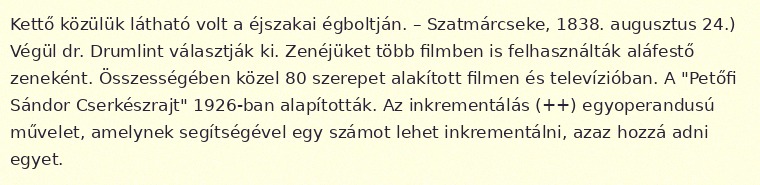
Kettő közülük látható volt a éjszakai égboltján. – Szatmárcseke, 1838. augusztus 24.) Végül dr. Drumlint választják ki. Zenéjüket több filmben is felhasználták aláfestő zeneként. Összességében közel 80 szerepet alakított filmen és televízióban. A "Petőfi Sándor Cserkészrajt" 1926-ban alapították. Az inkrementálás (++) egyoperandusú művelet, amelynek segítségével egy számot lehet inkrementálni, azaz hozzá adni egyet.